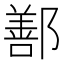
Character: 鄯